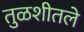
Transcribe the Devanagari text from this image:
तुळशीतले